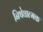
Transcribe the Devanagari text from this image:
निषेघात्मक